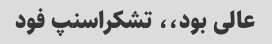
عالی بود،، تشکراسنپ فود